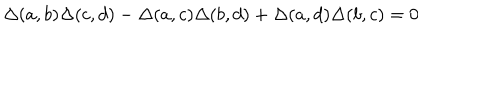
\Delta ( a , b ) \Delta ( c , d ) - \Delta ( a , c ) \Delta ( b , d ) + \Delta ( a , d ) \Delta ( b , c ) = 0